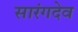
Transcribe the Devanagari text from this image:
सारंगदेव